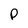
Character: P